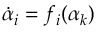
\dot { \alpha } _ { i } = f _ { i } ( \alpha _ { k } )